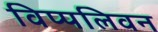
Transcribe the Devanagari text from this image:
विप्पलिवन